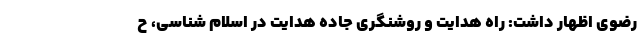
رضوی اظهار داشت: راه هدایت و روشنگری جاده هدایت در اسلام شناسی، ح